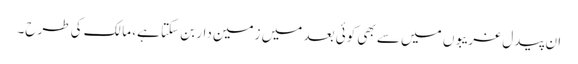
ان پیدل غریبوں میں سے بھی کوئی بعد میں زمین دار بن سکتا ہے، مالک کی طرح۔